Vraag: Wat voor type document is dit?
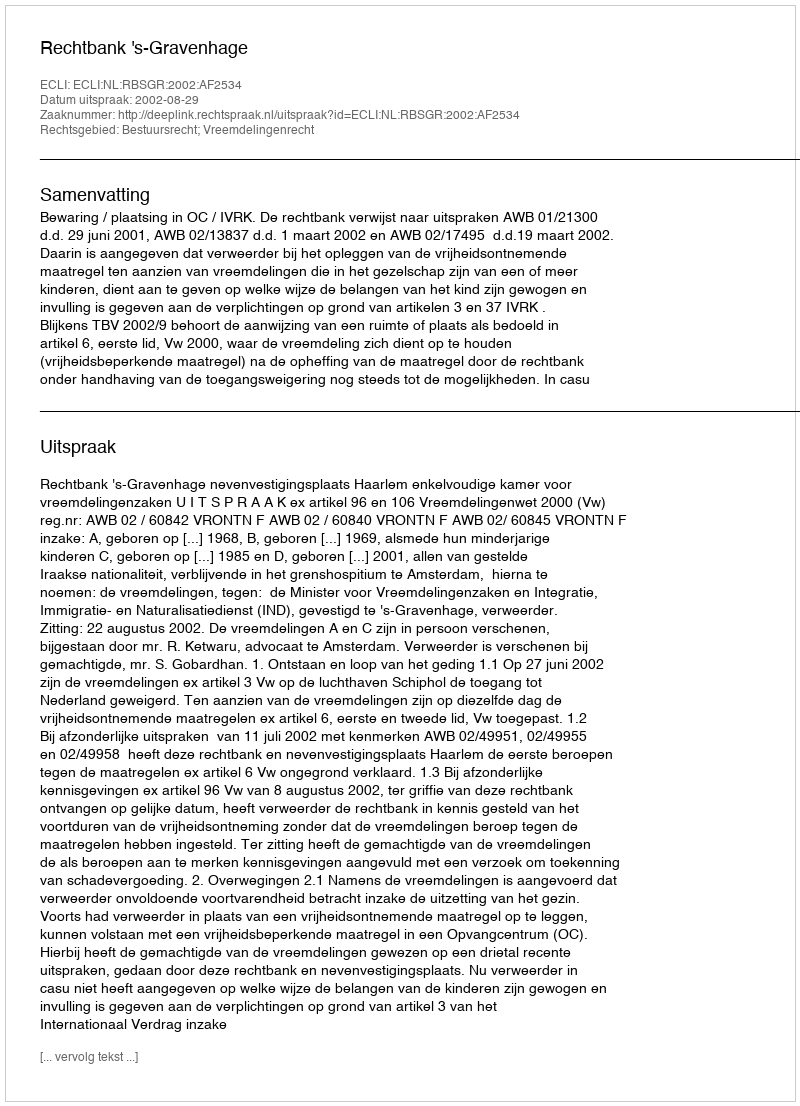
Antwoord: Uitspraak